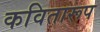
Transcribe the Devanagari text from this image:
कवितारूप